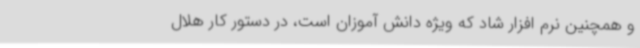
و همچنین نرم افزار شاد که ویژه دانش آموزان است، در دستور کار هلال